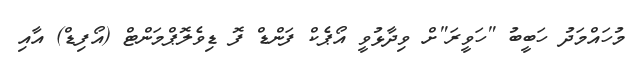
މުހައްމަދު ހަބީބު "ހަވީރަ"ށް ވިދާޅުވީ އޯޕެކް ފަންޑް ފޮ ޑިވެލޮޕްމަންޓް (އޯފިޑް) އާއި